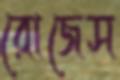
রোজেস